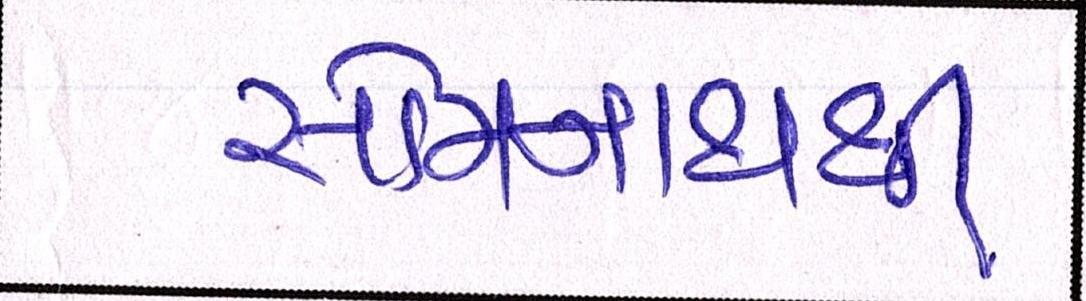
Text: સોમનાથથી